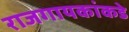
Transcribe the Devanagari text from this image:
राजगायकांकडे